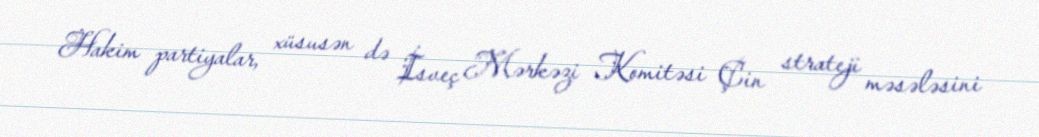
Hakim partiyalar, xüsusən də İsveç Mərkəzi Komitəsi Çin strateji məsələsini